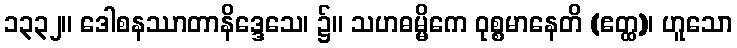
၁၃၃၂။ ဒေါစနဿာတာနိဒ္ဒေသေ၊ ၌။ သဟဓမ္မိကေ ဝုစ္စမာနေတိ (ဧတ္ထ)၊ ဟူသော